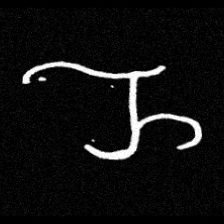
Pyu character \u2014 Myanmar letter: ည (romanized: nya)